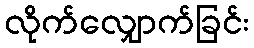
လိုက်လျှောက်ခြင်း